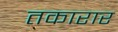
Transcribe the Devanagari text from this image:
तकारार